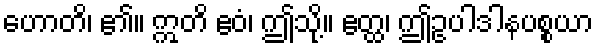
ဟောတိ၊ ၏။ ဣတိ ဧဝံ၊ ဤသို့။ ဧတ္ထ၊ ဤဥပါဒါနပစ္စယာ